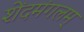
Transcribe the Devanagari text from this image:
शेंदमंगलम्